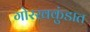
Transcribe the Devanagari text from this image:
गोरखकुंडात